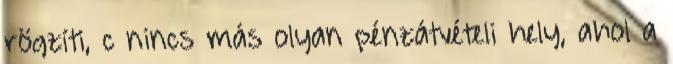
rögzíti, c nincs más olyan pénzátvételi hely, ahol a